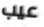
عيب